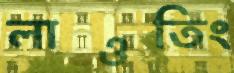
লাওতিং